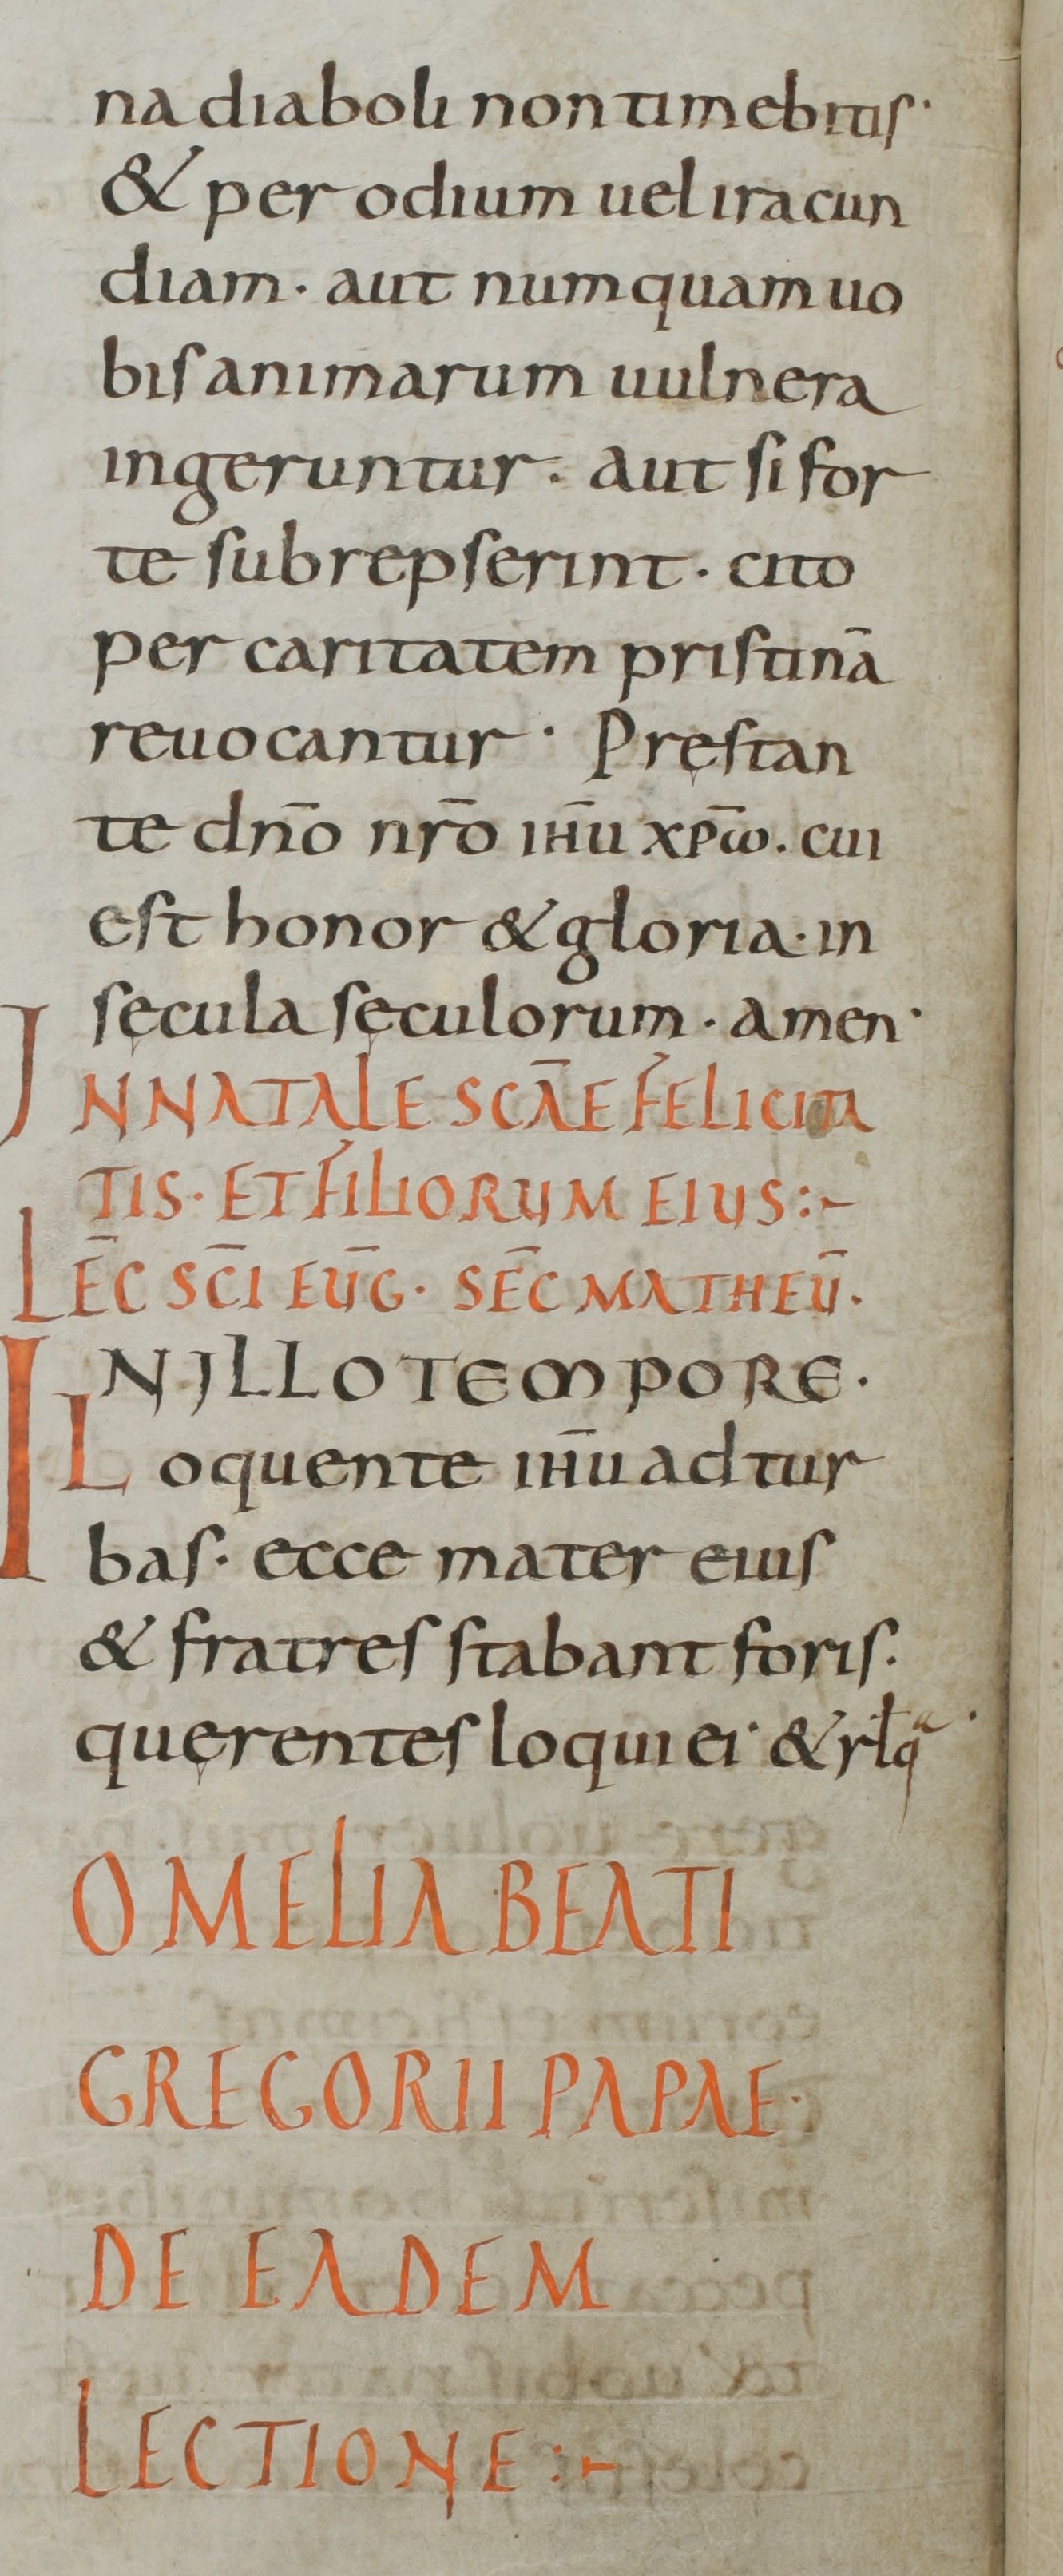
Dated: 800–899